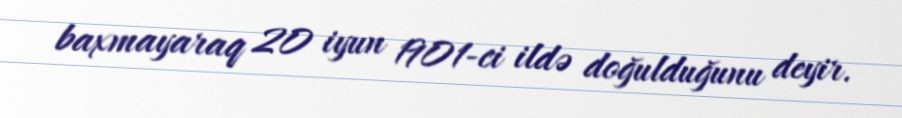
baxmayaraq 20 iyun 1901-ci ildə doğulduğunu deyir.